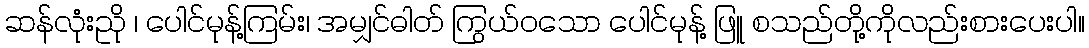
ဆန်လုံးညို ၊ ပေါင်မုန့်ကြမ်း၊ အမျှင်ဓါတ် ကြွယ်ဝသော ပေါင်မုန့် ဖြူ စသည်တို့ကိုလည်းစားပေးပါ။